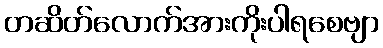
တဆိတ်လောက်အားကိုးပါရစေဗျာ